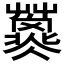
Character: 𱾲